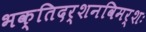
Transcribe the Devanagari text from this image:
भक्तिदर्शनविमर्शः